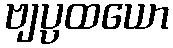
ဗျပ္ပထယော